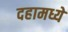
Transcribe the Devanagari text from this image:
दहामध्ये